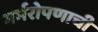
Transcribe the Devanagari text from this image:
गर्भरोपणाची